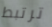
ترتبط